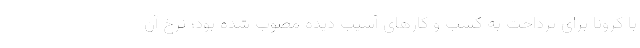
با کرونا برای پرداخت به کسب و کارهای آسیب دیده مصوب شده بود؛ نرخ آن